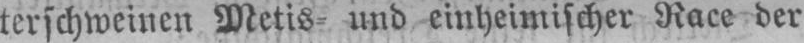
terschweinen Metis⸗ und einheimischer Race der